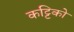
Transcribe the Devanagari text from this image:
कट्टिको